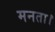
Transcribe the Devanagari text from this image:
मनता।